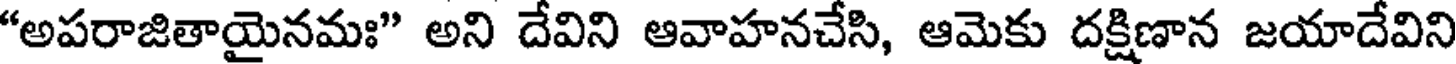
"అపరాజితాయైనమః" అని దేవిని ఆవాహనచేసి, ఆమెకు దక్షిణాన జయాదేవిని